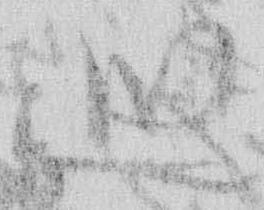
巡